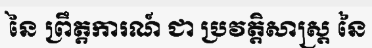
នៃ ព្រឹត្តការណ៍ ជា ប្រវត្តិសាស្ត្រ នៃ